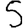
Digit: 5